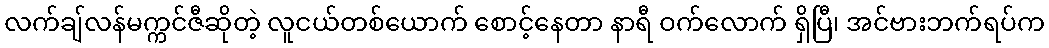
လက်ချ်လန်မက္ကင်ဇီဆိုတဲ့ လူငယ်တစ်ယောက် စောင့်နေတာ နာရီ ဝက်လောက် ရှိပြီ၊ အင်ဗားဘက်ရပ်က